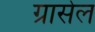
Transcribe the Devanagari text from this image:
ग्रासेल